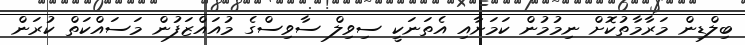
ބިލްޑިން މަރާމާތުކޮށް ނިމުމުން ކަމަށާއި އެތަނަކީ ސިވިލް ސާވިސްގެ މުއައްޒަފުން މަސައްކަތް ކުރަން